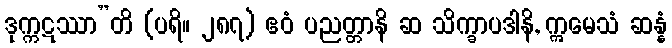
ဒုက္ကဋဿာ”တိ (ပရိ။ ၂၈၇) ဧဝံ ပညတ္တာနိ ဆ သိက္ခာပဒါနိ, ဣမေသံ ဆန္နံ